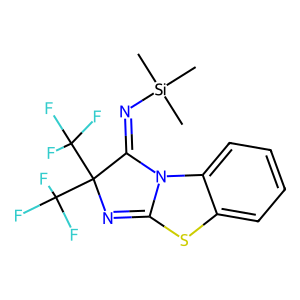
SMILES: C[Si](C)(C)N=C1N2C(=NC1(C(F)(F)F)C(F)(F)F)Sc1ccccc12
Inhibits HIV replication: No